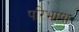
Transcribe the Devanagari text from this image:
परिभाषा